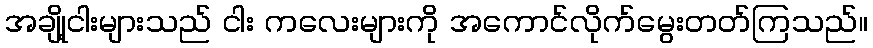
အချို့ငါးများသည် ငါး ကလေးများကို အကောင်လိုက်မွေးတတ်ကြသည်။